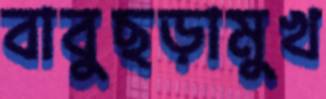
বাবুছড়ামুখ